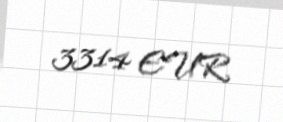
3314 EUR